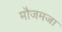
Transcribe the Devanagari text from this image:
मौजमजा